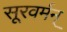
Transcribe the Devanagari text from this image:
सूरवर्मन्